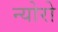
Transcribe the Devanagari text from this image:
न्योरो